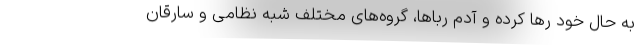
به حال خود رها کرده و آدم رباها، گروه‌های مختلف شبه نظامی و سارقان